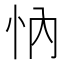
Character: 𢗉